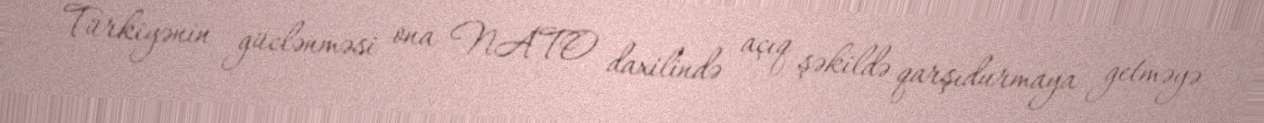
Türkiyənin güclənməsi ona NATO daxilində açıq şəkildə qarşıdurmaya getməyə